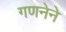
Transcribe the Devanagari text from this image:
गणनेने